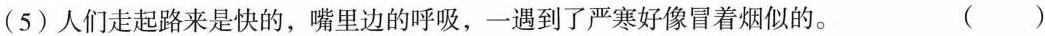
(5)人们走起路来是快的，嘴里边的呼吸，一遇到严寒好像冒着烟似的。()